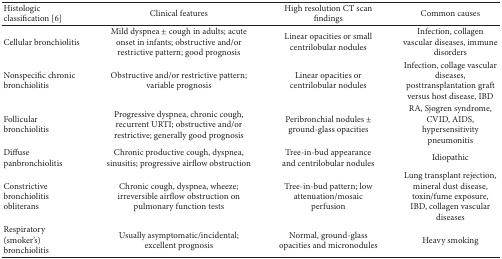
<table><thead><tr><td><b>Histologic classification [6]</b></td><td><b>Clinical features</b></td><td><b>High resolution CT scan findings</b></td><td><b>Common causes</b></td></tr></thead><tbody><tr><td>Cellular bronchiolitis</td><td>Mild dyspnea ± cough in adults; acute onset in infants; obstructive and/or restrictive pattern; good prognosis</td><td>Linear opacities or small centrilobular nodules</td><td>Infection, collagen vascular diseases, immune disorders</td></tr><tr><td>Nonspecific chronic bronchiolitis</td><td>Obstructive and/or restrictive pattern; variable prognosis</td><td>Linear opacities or centrilobular nodules</td><td>Infection, collage vascular diseases, posttransplantation graft versus host disease, IBD</td></tr><tr><td>Follicular bronchiolitis</td><td>Progressive dyspnea, chronic cough, recurrent URTI; obstructive and/or restrictive; generally good prognosis</td><td>Peribronchial nodules ± ground-glass opacities</td><td>RA, Sjogren syndrome, CVID, AIDS, hypersensitivity pneumonitis</td></tr><tr><td>Diffuse panbronchiolitis</td><td>Chronic productive cough, dyspnea, sinusitis; progressive airflow obstruction</td><td>Tree-in-bud appearance and centrilobular nodules</td><td> Idiopathic </td></tr><tr><td>Constrictive bronchiolitis obliterans</td><td>Chronic cough, dyspnea, wheeze; irreversible airflow obstruction on pulmonary function tests</td><td>Tree-in-bud pattern; low attenuation/mosaic perfusion</td><td>Lung transplant rejection, mineral dust disease, toxin/fume exposure, IBD, collagen vascular diseases </td></tr><tr><td>Respiratory (smoker&#x27;s) bronchiolitis</td><td>Usually asymptomatic/incidental; excellent prognosis</td><td>Normal, ground-glass opacities and micronodules</td><td>Heavy smoking</td></tr></tbody></table>